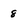
Character: 8